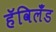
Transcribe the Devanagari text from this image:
हॅविलँड